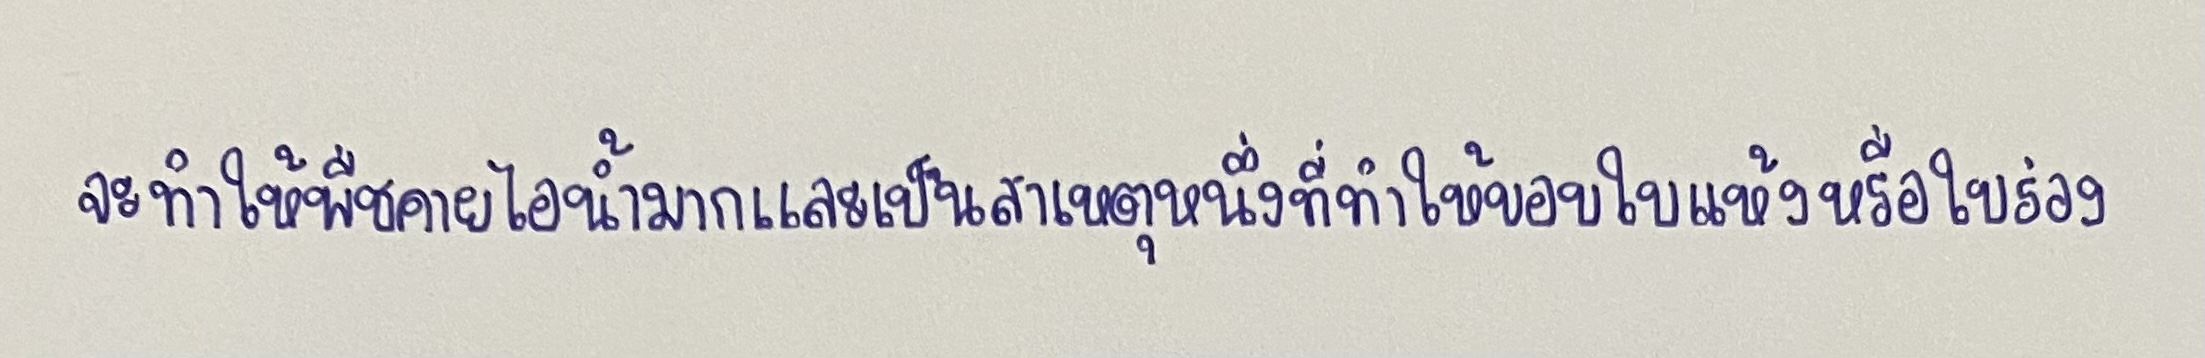
จะทำให้พืชคายไอน้ำมากและเป็นสาเหตุหนึ่งที่ทำให้ขอบใบแห้งหรือใบร่วง